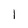
Character: 1